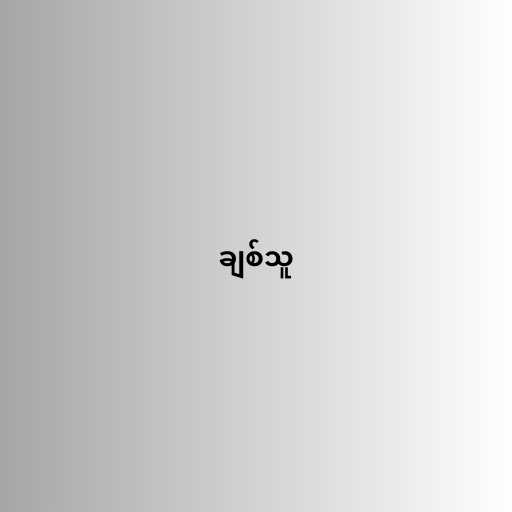
ချစ်သူ